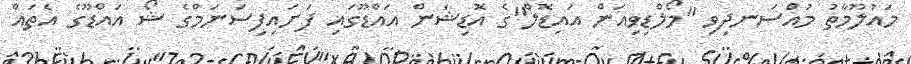
މައުލޫމާތު މުއްސަނދިވި "މޯލްޑިވިއަން އައިޑޮލް"ގެ އޮޑިޝަން އައްޑޫގައި ފަށައިފިސަނަމްގެ ޝޯ އައްޑޫގެ އެތައް